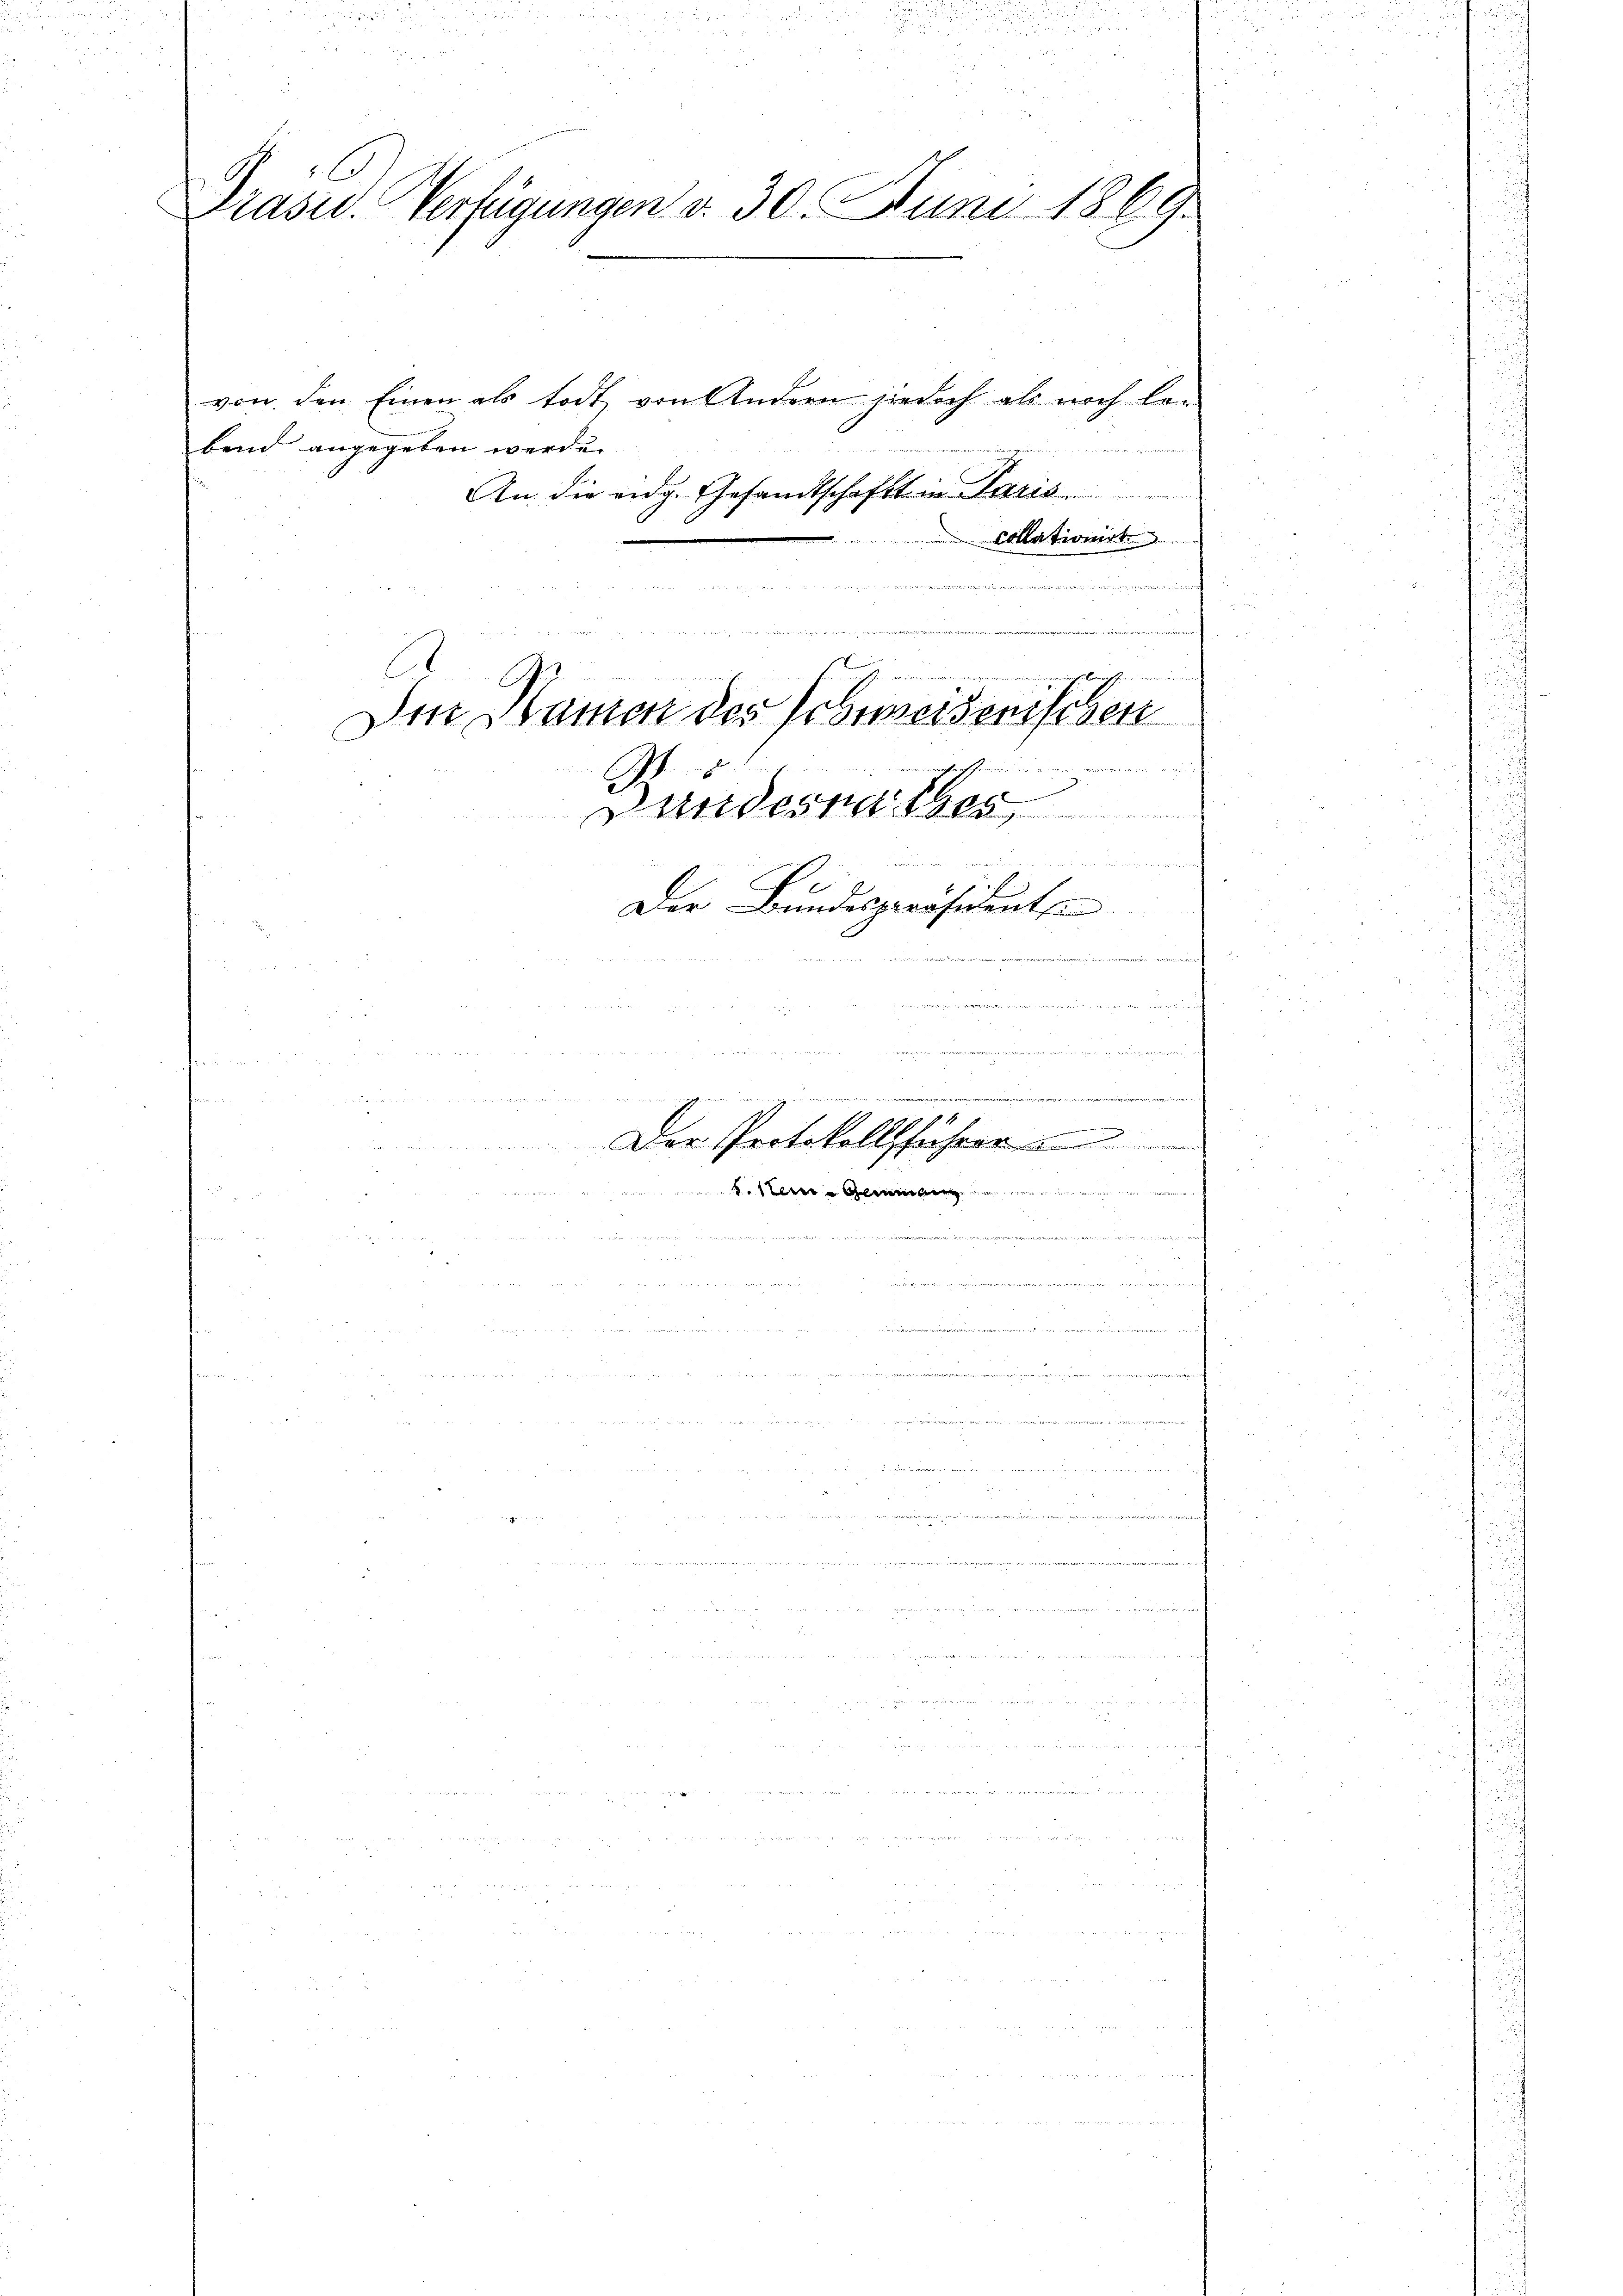
G. 16
Präsid. Verfügungen d. 30. Juni 1869.

von den Einen als todt von Andern jedoch als noch be¬

bend angegeben werde.
An die eidg. Gesandtschaft in Paris
Collationirt
t

e
.
G.
Den Namen des Schweisenischen
e er den
8
Bundesrathes

un und aus eine
e
1f
Der Bundespräsident

i
r die die ein

.
2. P. N. 8
i
Der Protokollführer

n

waren eine einen
nenen auf